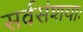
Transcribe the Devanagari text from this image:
सर्वसंशयाः